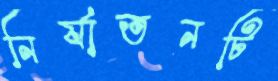
নির্যাতনটি